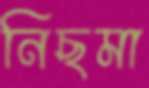
নিছমা